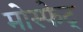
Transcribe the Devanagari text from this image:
मोस्फेट्